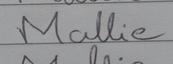
Signature authenticity: forged